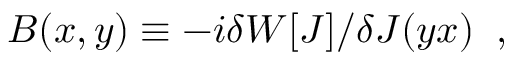
B ( x , y ) \equiv - i \delta W \lbrack J \rbrack / \delta J ( y x ) \; \; ,